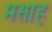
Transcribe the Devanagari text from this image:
मसाह